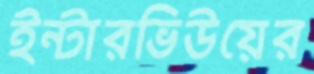
ইন্টারভিউয়ের